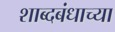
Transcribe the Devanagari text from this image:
शाब्दबंधाच्या